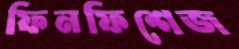
ফিনফিশেজ